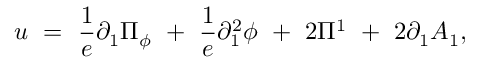
u ~ = ~ \frac { 1 } { e } \partial _ { 1 } \Pi _ { \phi } ~ + ~ \frac { 1 } { e } \partial _ { 1 } ^ { 2 } \phi ~ + ~ 2 \Pi ^ { 1 } ~ + ~ 2 \partial _ { 1 } A _ { 1 } ,